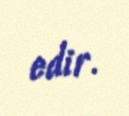
edir.